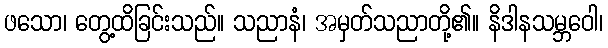
ဖသော၊ တွေ့ထိခြင်းသည်။ သညာနံ၊ အမှတ်သညာတို့၏။ နိဒါနသမ္ဘဝေါ၊